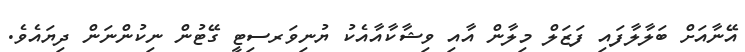
އޭނާއަށް ބަލާލާފައި ފަޒަލް މިލާން އާއި ވިޝާކާއާއެކު ޔުނިވަރސިޓީ ގޭޓުން ނިކުންނަން ދިޔައެވެ.